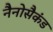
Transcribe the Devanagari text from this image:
नैनोसैकंड